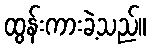
ထွန်းကားခဲ့သည်။